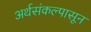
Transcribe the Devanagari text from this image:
अर्थसंकल्पासून